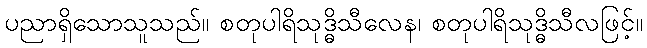
ပညာရှိသောသူသည်။ စတုပါရိသုဒ္ဓိသီလေန၊ စတုပါရိသုဒ္ဓိသီလဖြင့်။